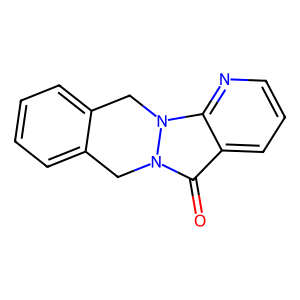
SMILES: O=c1c2cccnc2n2n1Cc1ccccc1C2
Inhibits HIV replication: No